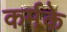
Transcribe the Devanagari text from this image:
कर्मके